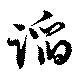
謟